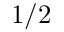
1 / 2